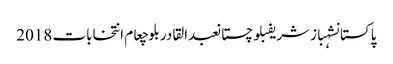
پاکستانشہباز شریفبلوچستانعبدالقادر بلوچعام انتخابات 2018